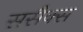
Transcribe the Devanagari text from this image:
ससैक्स